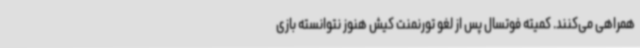
همراهی می‌کنند. کمیته فوتسال پس از لغو تورنمنت کیش هنوز نتوانسته بازی